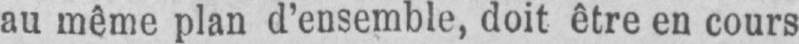
au même plan d’ensemble, doit être en cours